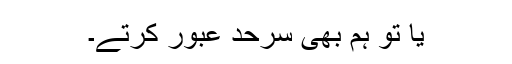
یا تو ہم بھی سرحد عبور کرتے۔